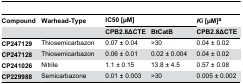
<table><thead><tr><td><b>Compound</b></td><td><b>Warhead-Type</b></td><td colspan="2"><b>IC50 [μM]</b></td><td><b><i>K</i>i [μM]<sup>a</sup></b></td></tr><tr><td></td><td></td><td><b>CPB2.8ΔCTE</b></td><td><b>BtCatB</b></td><td><b>CPB2.8ΔCTE</b></td></tr></thead><tbody><tr><td><b>CP247129</b></td><td>Thiosemicarbazon</td><td>0.07 ± 0.04</td><td>&gt;30</td><td>0.04 ± 0.02</td></tr><tr><td><b>CP247128</b></td><td>Thiosemicarbazon</td><td>0.06 ± 0.01</td><td>0.02 ± 0.004</td><td>0.04 ± 0.02</td></tr><tr><td><b>CP241026</b></td><td>Nitrile</td><td>1.1 ± 0.15</td><td>13.8 ± 4.5</td><td>0.57 ± 0.08</td></tr><tr><td><b>CP229988</b></td><td>Semicarbazone</td><td>0.01 ± 0.003</td><td>&gt;30</td><td>0.005 ± 0.002</td></tr></tbody></table>